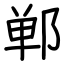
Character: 郸